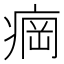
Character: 𬏲